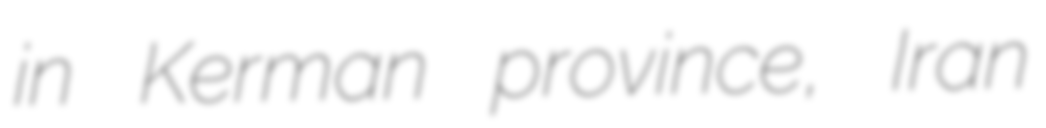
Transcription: in Kerman province, Iran